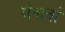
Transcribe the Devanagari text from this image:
सेनातो